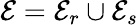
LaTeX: \mathcal{E}=\mathcal{E}_{r}\cup\mathcal{E}_{s}